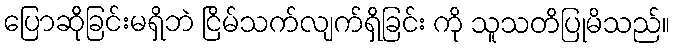
ပြောဆိုခြင်းမရှိဘဲ ငြိမ်သက်လျက်ရှိခြင်း ကို သူသတိပြုမိသည်။